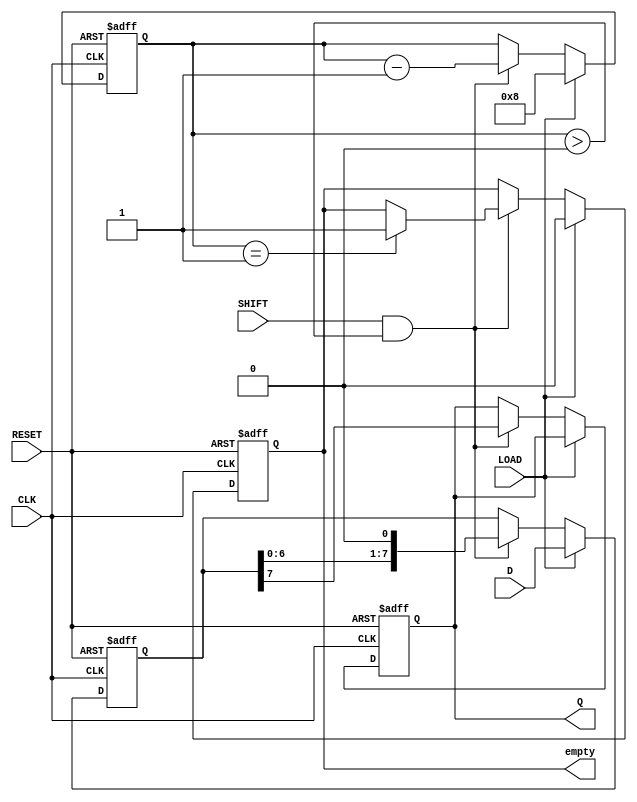
module piso_register #(
    parameter WIDTH = 8   // Configure the width of the register
)(
    input wire [WIDTH-1:0] D,      // Parallel input data
    input wire LOAD,                // Load control signal
    input wire SHIFT,               // Shift control signal
    input wire CLK,                 // Clock signal
    input wire RESET,               // Asynchronous reset signal
    output reg Q,                   // Serial output
    output reg empty                // Status flag indicating if the register is empty
);

    reg [WIDTH-1:0] shift_reg;      // Internal shift register
    reg [3:0] count;                // Count to track number of bits shifted out

    always @(posedge CLK or posedge RESET) begin
        if (RESET) begin
            // Asynchronous reset logic
            shift_reg <= {WIDTH{1'b0}};
            Q <= 1'b0;
            empty <= 1'b1;          // Register is empty after reset
            count <= 4'b0;          // Count reset
        end else begin
            if (LOAD) begin
                // Load data into the register
                shift_reg <= D;
                count <= WIDTH;      // Initialize count to WIDTH after loading
                empty <= 1'b0;       // Register is not empty after loading
            end else if (SHIFT && count > 0) begin
                // Shift the data
                Q <= shift_reg[WIDTH-1]; // Output MSB
                shift_reg <= {shift_reg[WIDTH-2:0], 1'b0}; // Shift left
                count <= count - 1;    // Decrement shift count
                if (count == 1) begin 
                    empty <= 1'b1;      // Register becomes empty after last bit is shifted out
                end
            end
        end
    end

endmodule